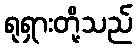
ရုရှားတို့သည်